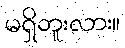
မရှိဘူးလား။